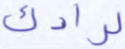
لرادك